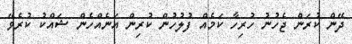
ދޭން ކުރަން ޖެހުނު ހުރިހާ ކަމެއް ފުލުހުން ކުރިން އަނެއްހެން ޝައްކު ކުރެވޭ